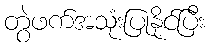
တွဲဖက်အသုံးပြုနိုင်ပြီး